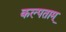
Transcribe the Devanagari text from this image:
कल्पताम्